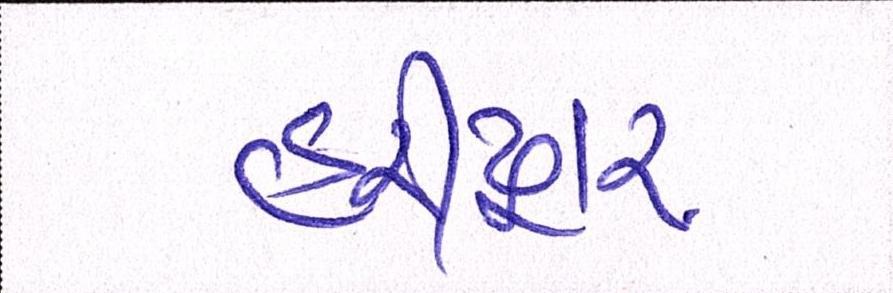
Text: હરીદ્વાર